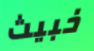
خبيث